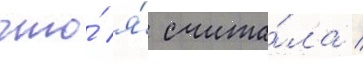
что́ я́ счита́ла /